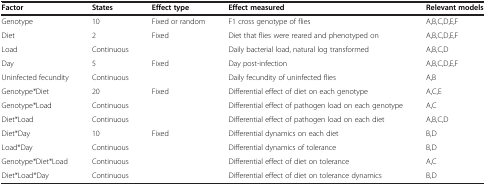
| Factor | States | Effect type | Effect measured | Relevant models |
 | --- | --- | --- | --- | --- |
 | Genotype | 10 | Fixed or random | F1 cross genotype of flies | A,B,C,D,E,F |
 | Diet | 2 | Fixed | Diet that flies were reared and phenotyped on | A,B,C,D,E,F |
 | Load | Continuous |  | Daily bacterial load, natural log transformed | A,B,C,D |
 | Day | 5 | Fixed | Day post-infection | A,B,C,D,E,F |
 | Uninfected fecundity | Continuous |  | Daily fecundity of uninfected flies | A,B |
 | Genotype*Diet | 20 | Fixed | Differential effect of diet on each genotype | A,C,E |
 | Genotype*Load | Continuous |  | Differential effect of pathogen load on each genotype | A,C |
 | Diet*Load | Continuous |  | Differential effect of pathogen load on each diet | A,B,C,D |
 | Diet*Day | 10 | Fixed | Differential dynamics on each diet | B,D |
 | Load*Day | Continuous |  | Differential dynamics of tolerance | B,D |
 | Genotype*Diet*Load | Continuous |  | Differential effect of diet on tolerance | A,C |
 | Diet*Load*Day | Continuous |  | Differential effect of diet on tolerance dynamics | B,D |